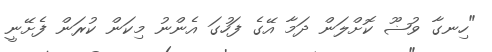
"ހިނގާ ވުޟޫ ކޮށްލަން ދަމާ އޭގެ ފަހުގަ އެންނު މިކަން ކުރަން ފެށޭނީ